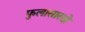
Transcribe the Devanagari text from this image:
फुलासारखे